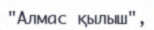
"Алмас қылыш",